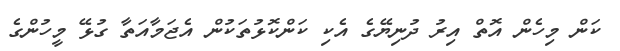
ކަން މިހެން އޮތް އިރު ދުނިޔޭގެ އެކި ކަންކޮޅުތަކުން އެޖަމާއަތާ ގުޅޭ މީހުންގެ